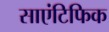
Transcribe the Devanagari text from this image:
साएंटिफिक